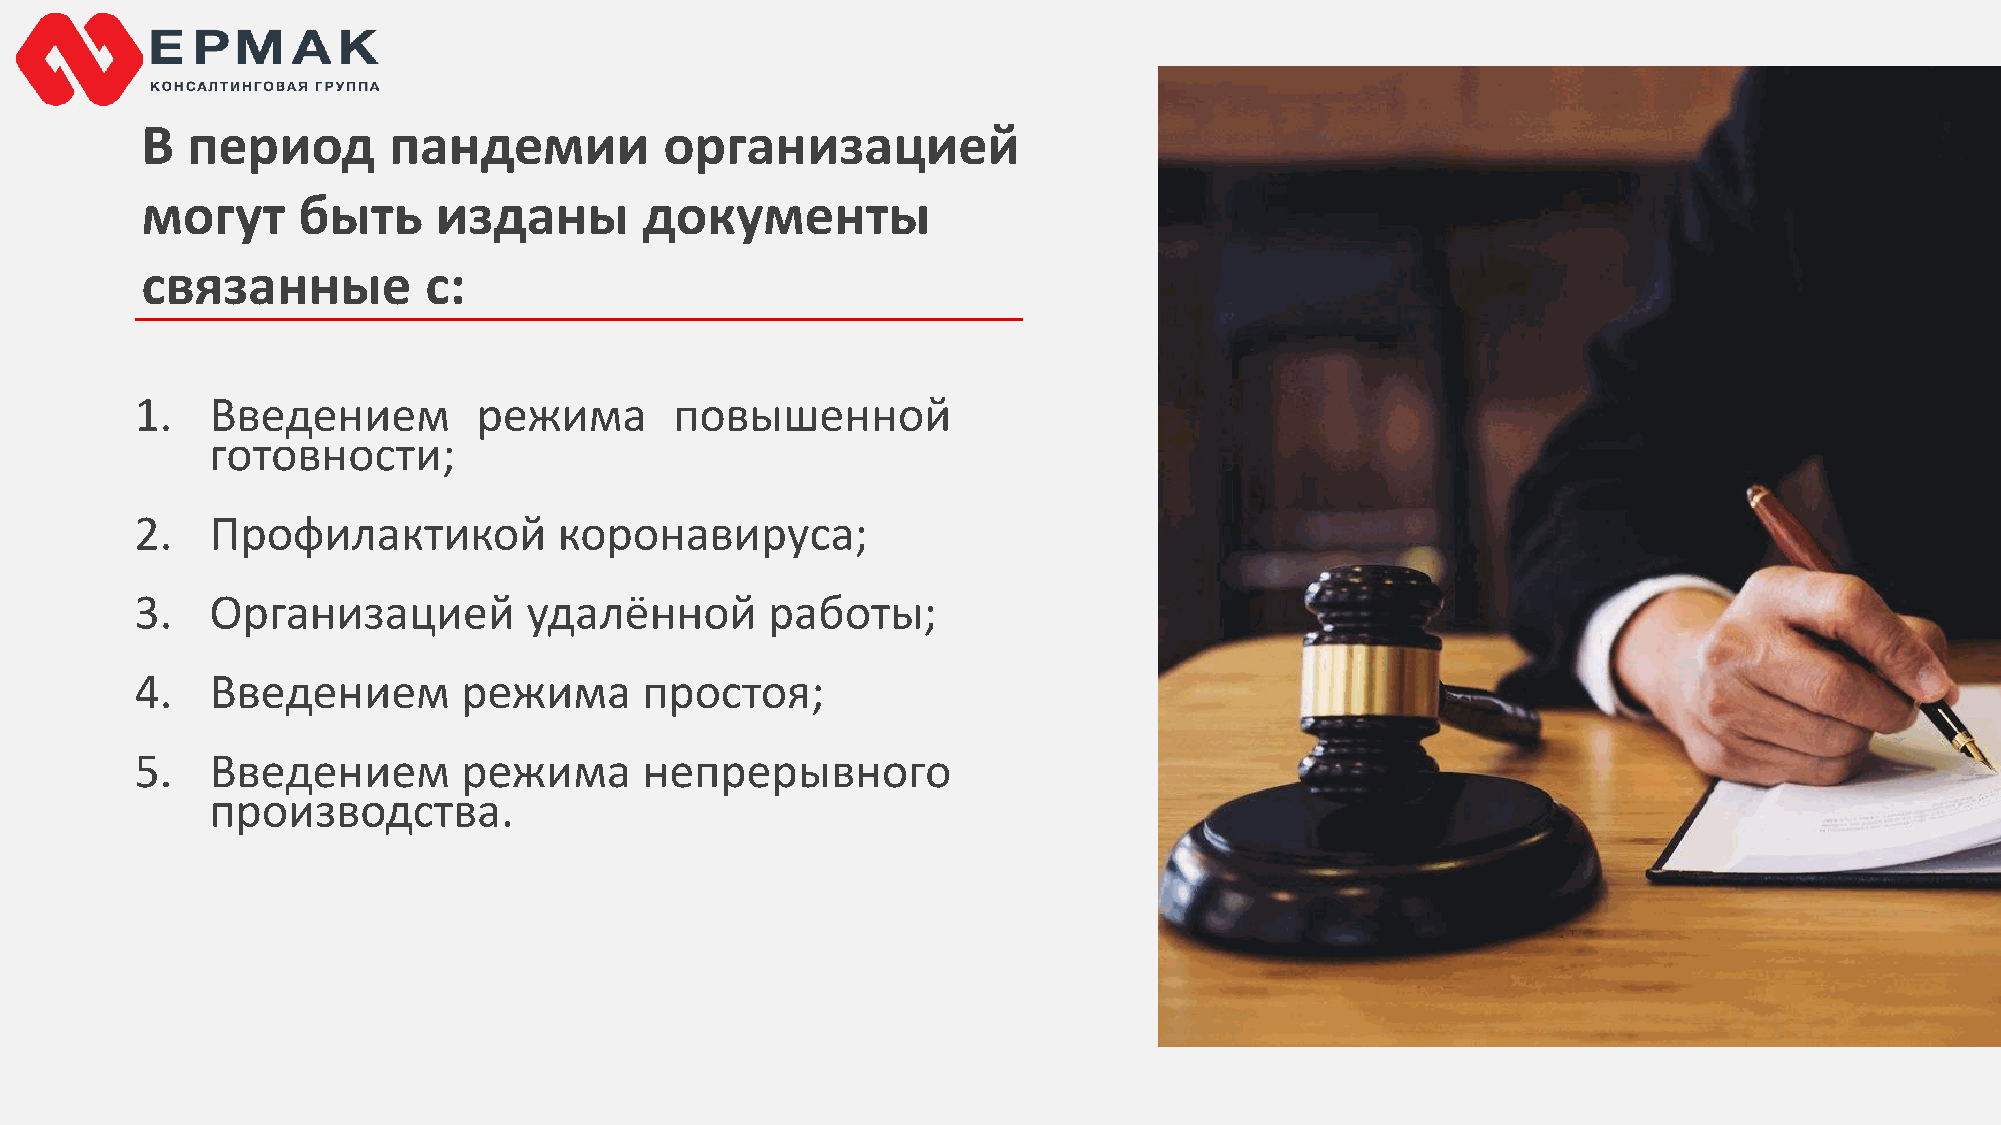
В  период        пандемии          организацией
 могут      быть     изданы        документы
 связанные          с:
 1.   Введением         режима       повышенной
 готовности;
 2.   Профилактикой          коронавируса;
 3.   Организацией         удалённой       работы;
 4.   Введением        режима      простоя;
 5.   Введением        режима      непрерывного
 производства.